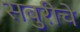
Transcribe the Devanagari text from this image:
सबुरीचे